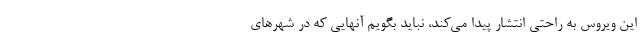
این ویروس به راحتی انتشار پیدا می‌کند، نباید بگویم آنهایی که در شهرهای